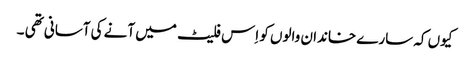
کیوں کہ سارے خاندان والوں کو اِس فلیٹ میں آنے کی آسانی تھی ۔